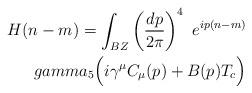
LaTeX: \begin{align*}H(n-m)=\int_{BZ}\left({dp\over 2\pi}\right)^4\ e^{ip(n-m)}\\gamma_5\Bigl( i\gamma^\mu C_\mu (p)+B(p)T_c\Bigr)\end{align*}